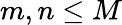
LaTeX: m,n\le M